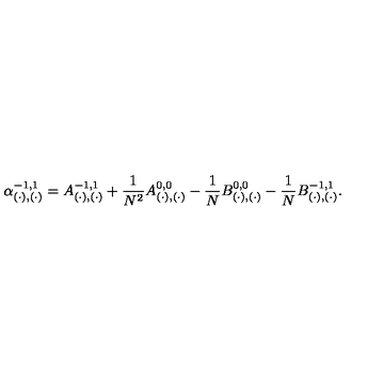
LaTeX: \alpha _ { ( \cdot ) , ( \cdot ) } ^ { - 1 , 1 } = A _ { ( \cdot ) , ( \cdot ) } ^ { - 1 , 1 } + \frac { 1 } { N ^ { 2 } } A _ { ( \cdot ) , ( \cdot ) } ^ { 0 , 0 } - \frac { 1 } { N } B _ { ( \cdot ) , ( \cdot ) } ^ { 0 , 0 } - \frac { 1 } { N } B _ { ( \cdot ) , ( \cdot ) } ^ { - 1 , 1 } .